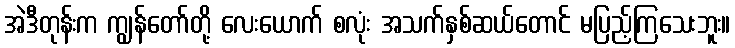
အဲဒီတုန်းက ကျွန်တော်တို့ လေးယောက် စလုံး အသက်နှစ်ဆယ်တောင် မပြည့်ကြသေးဘူး။